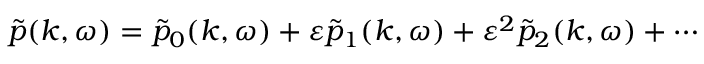
\tilde { p } ( k , \omega ) = \tilde { p } _ { 0 } ( k , \omega ) + \varepsilon \tilde { p } _ { 1 } ( k , \omega ) + \varepsilon ^ { 2 } \tilde { p } _ { 2 } ( k , \omega ) + \cdots